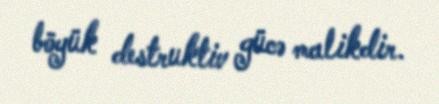
böyük destruktiv gücə malikdir.